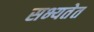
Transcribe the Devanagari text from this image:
सभ्यतेत